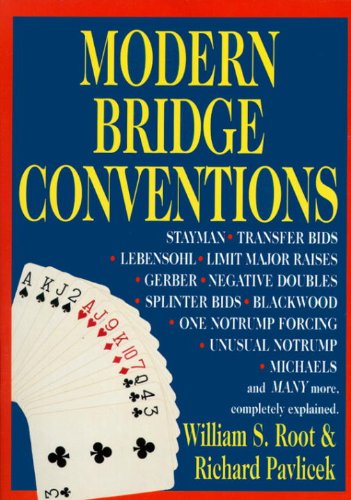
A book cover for Modern Bridge Conventions; William S. Root; Humor & Entertainment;